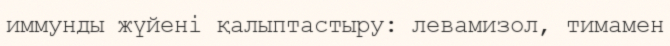
иммунды жүйені қалыптастыру: левамизол, тимамен